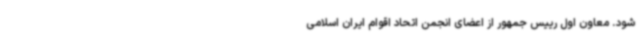
شود. معاون اول رییس جمهور از اعضای انجمن اتحاد اقوام ایران اسلامی